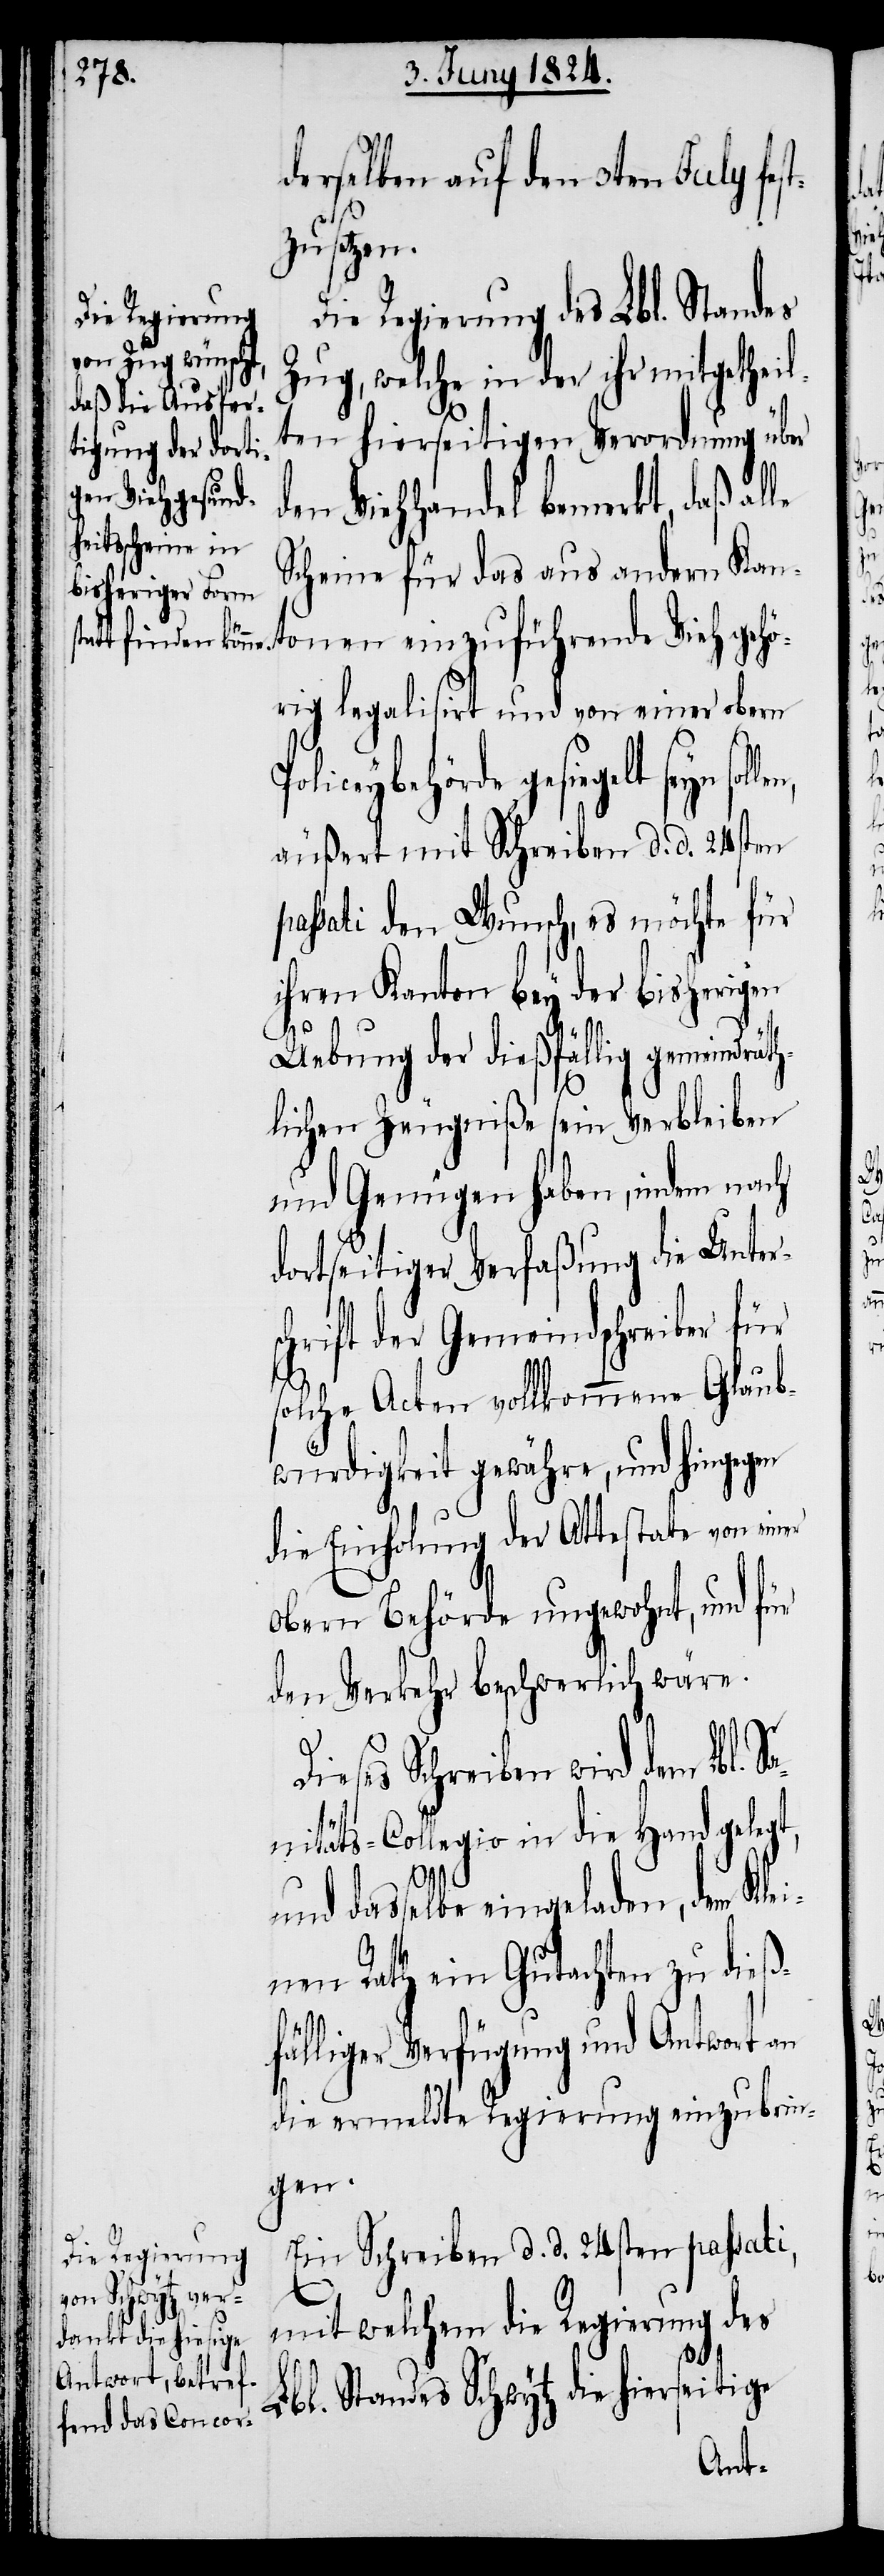
derselben auf den 3ten July fes¬
tzusetzen.
Die Regierung des Lbl. Standes
Zug, welche in der ihr mitgetheil¬
ten hierseitigen Verordnung über
den Viehhandel bemerkt, daß al¬
Scheine für das aus andern Kan¬
tonen einzuführende Vieh gehö¬
rig legalisirt und von einer obern
Policeybehörde gesiegelt seyn
äußert mit Schreiben d. d. 24sten
passati den Wunsch, es möchte für
ihren Kanton bey der bisherigen
Di¬
Uebung der dießfällig gemeindrät¬
hlichen Zeugniße sein Verbleiben
und Genügen haben, indem nach
dortseitiger Verfaßung die Unter¬
chrift der Gemeindschreiber für
solche Acten vollkommene Glaub¬
würdigkeit gewähre, und hingegen
s¬
die Einholung der Attestate von einer
Obern Behörde ungewohnt, und für
den Verkehr beschwerlich wäre.
eses Schreiben wird dem Lbl.
nitäts-Collegio in die Hand gelegt,
Sa¬
und dasselbe eingeladen, dem Klei¬
nen Rath ein Gutachten zu dieß¬
fälliger Verfügung und Antwort an
die ermeldte Regierung einzubrin¬
gen.
Ein Schreiben d. d. 24sten passati,
mit welchem die Regierung des
Lbl. Standes Schwytz die hierseitige